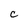
Character: C